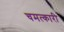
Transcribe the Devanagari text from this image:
चमत्‍कारी